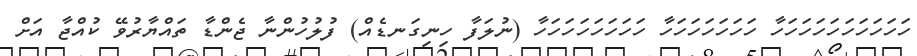
ހަހަހަހަހަހަހަހަހަހާ ހަހަހަހަހަހަހާާ ހަހަހަހަހަހަހަހާ (ނުލަފާ ހިނިގަނޑެއް) ފުލުހުންނާ ޖެންޑާ ތައްޔާރުވޭ ކުއްޖާ އަށް